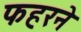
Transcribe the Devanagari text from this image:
फहरने